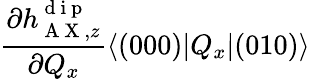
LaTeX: \frac{\partial h_{\mathrm{~A~X~},z}^{\mathrm{~d~i~p~}}}{\partial Q_{x}}\langle(000)|Q_{x}|(010)\rangle